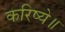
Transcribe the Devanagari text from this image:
करिष्ये॥